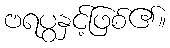
ဗရပွနှင့်ဖြစ်၏။